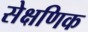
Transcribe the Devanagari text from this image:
सेक्षणिक